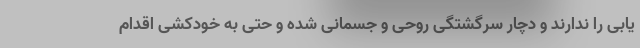
یابی را ندارند و دچار سرگشتگی روحی و جسمانی شده و حتی به خودکشی اقدام